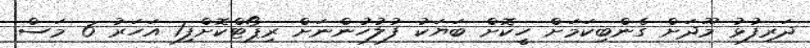
ދަރިފުޅު މޫދަށް ގެންބިކަމަށް ހީކޮށް ބަޔަކު ފުލުހުންނަށް ރިޕޯޓްކޮށްފި1 އަހަރު 6 މަސް